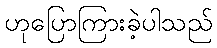
ဟုပြောကြားခဲ့ပါသည်